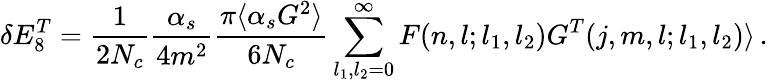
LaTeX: \delta E_{8}^{T}={\frac{1}{2N_{c}}}{\frac{\alpha_{s}}{4m^{2}}}{\frac{\pi\langle\alpha_{s}G^{2}\rangle}{6N_{c}}}\sum_{l_{1},l_{2}=0}^{\infty}F(n,l;l_{1},l_{2})G^{T}(j,m,l;l_{1},l_{2})\rangle\, .